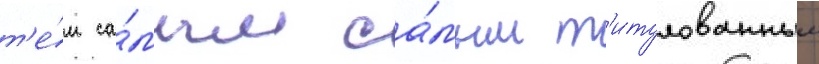
т'е́м са́мым са́мым т'итулованным